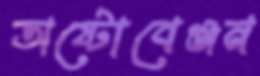
অষ্টোবেঞ্জন